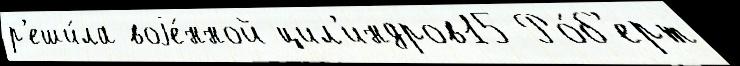
р'еши́ла воjе́нной цил'индров15 Ро́б'ерт